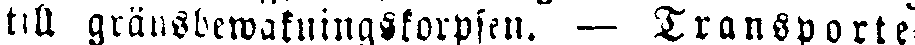
till gränsbewakningskorpsen. — Transporte-